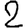
Digit: 2